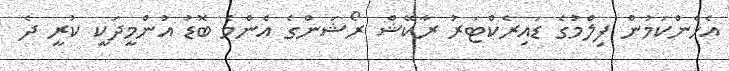
އެހެންކަމުން ފިލްމުގެ ޑައިރެކްޓަރު ރާކޭޝް ރޯޝަންގެ އެންމެ ބޮޑު އުންމީދަކީ ކުރީ ދެ